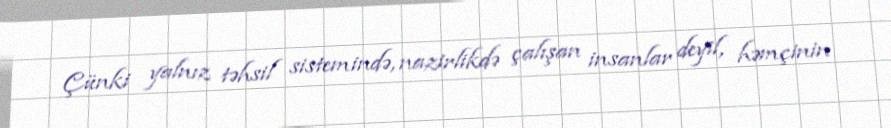
Çünki yalnız təhsil sistemində, nazirlikdə çalışan insanlar deyil, həmçinin